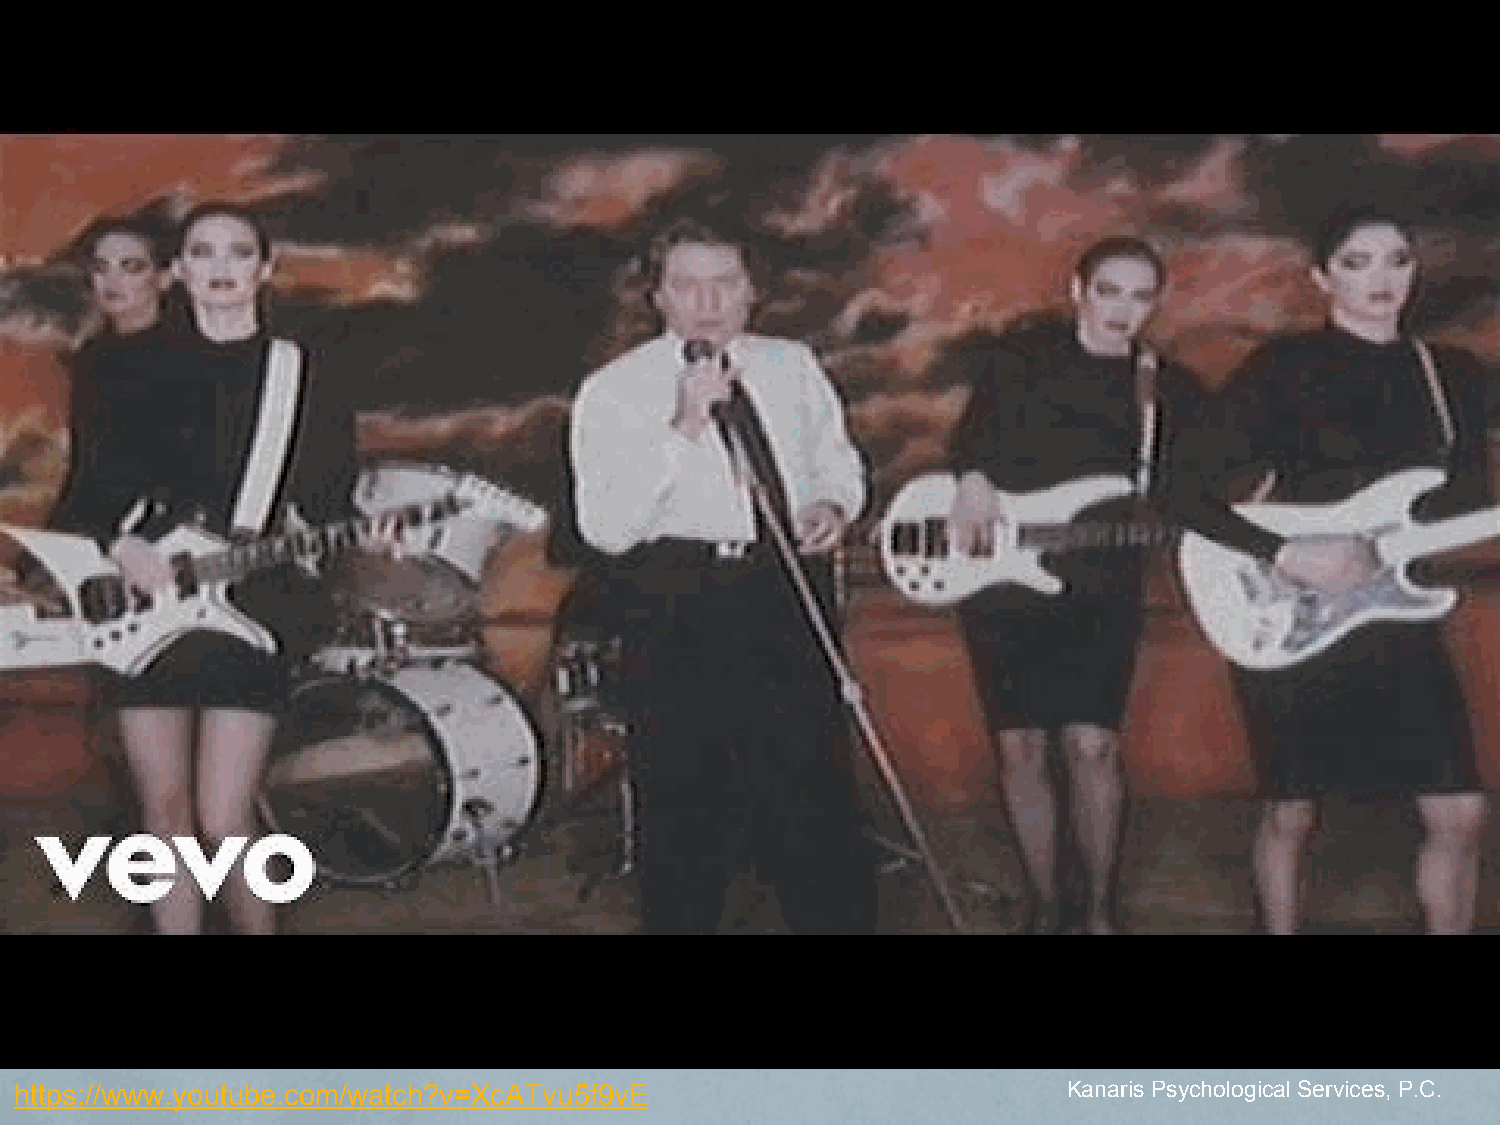
https://www.youtube.com/watch?v=XcATvu5f9vE                           Kanaris Psychological Services, P.C.